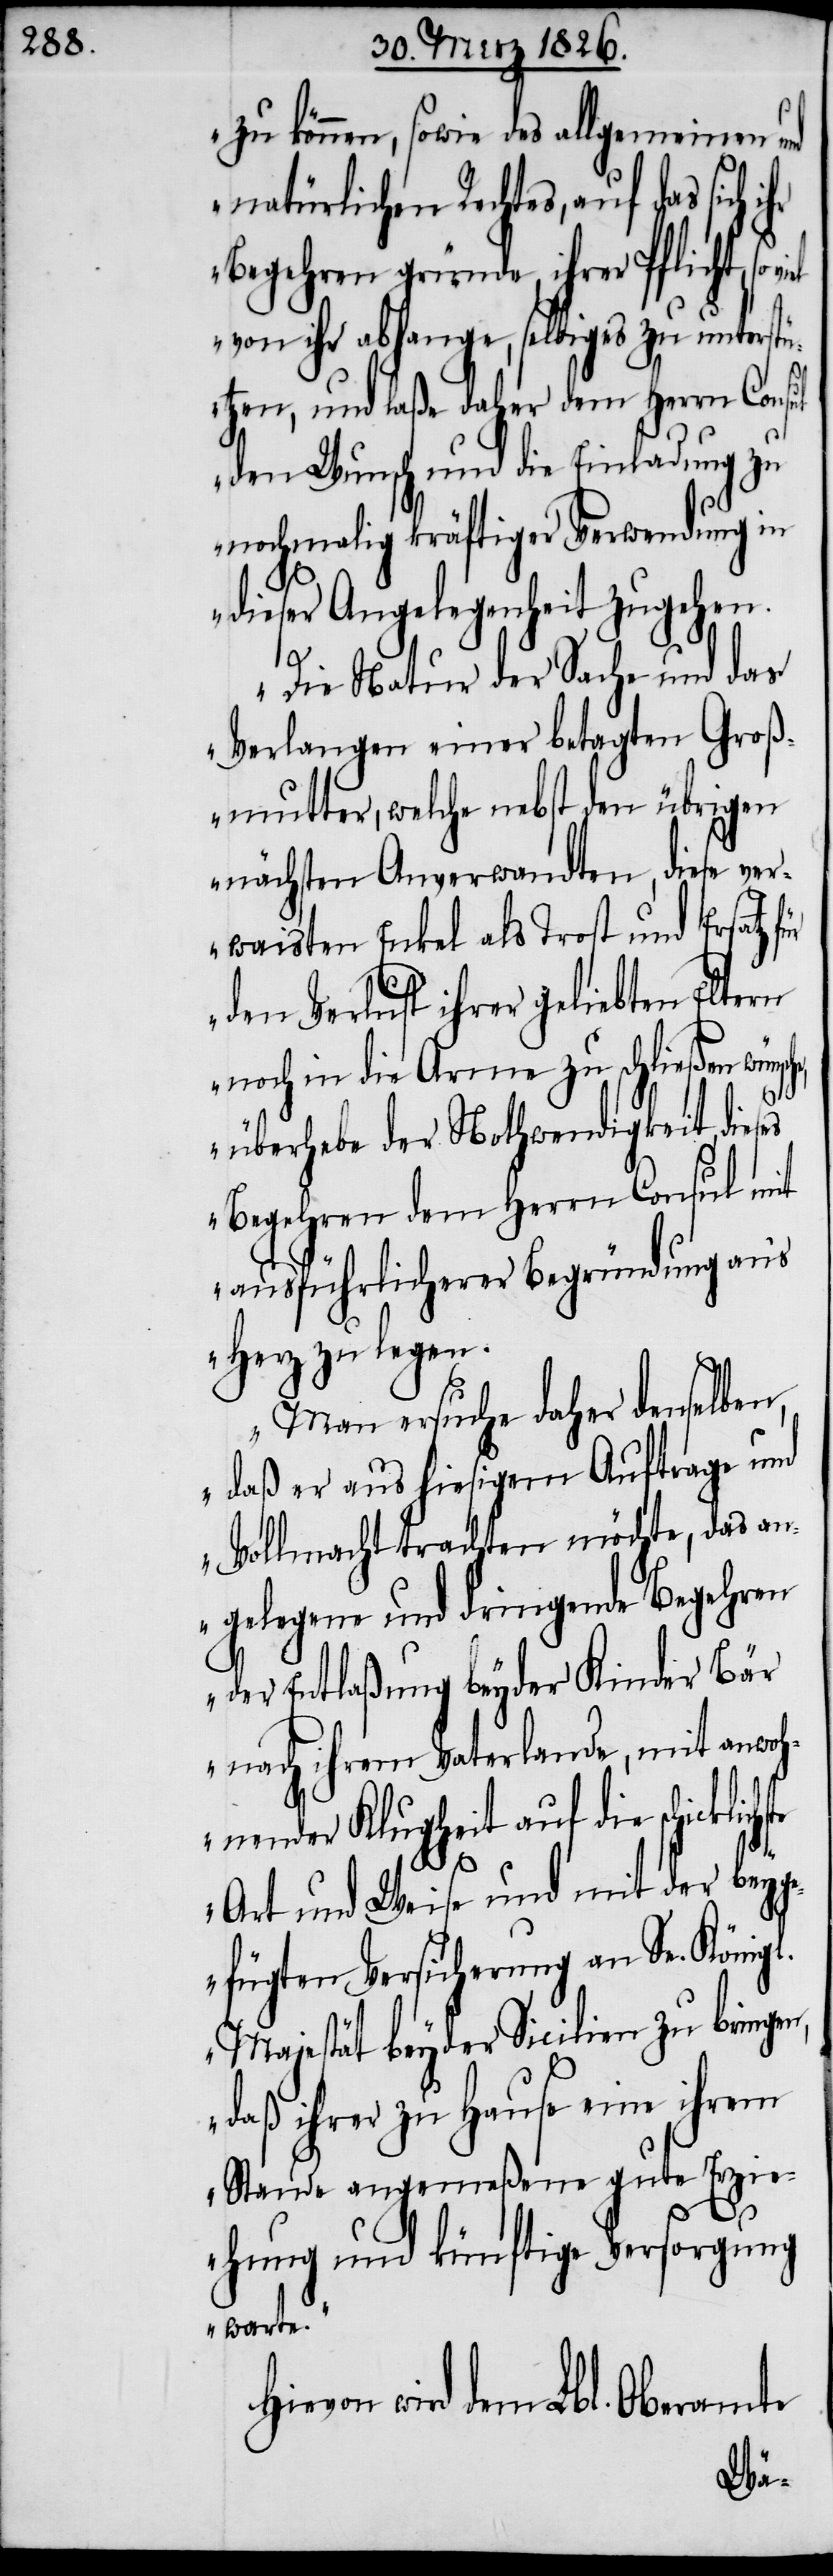
zu können, sowie des allgemeinen und
natürlichen Rechtes, auf das sich
Begehren gründe, ihrer Pflicht, so
von ihr abhange, selbiges zu unterstü¬
tzen, und laße daher dem Herrn Consul
den Wunsch und die Einladung zu
nochmalig kräftiger Verwendung in
dieser Angelegenheit zugehen.
Die Natur der Sache und das
Verlangen einer betagten Groß¬
mutter, welche nebst den übrigen
nächsten Anverwandten, diese ver¬
waisten Enkel als Trost und Ersatz für
den Verlust ihrer geliebten Eltern
noch in die Arme zu schließen wünsch¬
überhebe der Nothwendigkeit, dieses
Begehren dem Herrn Consul mit
ausführlicherer Begründung an’s
Herz zu legen.
Man ersuche daher denselben,
daß er aus hiesigem Auftrage und
Vollmacht trachten möchte, das an¬
gelegene und dringende Begehren
der Entlaßung beyder Kinder Bär
nach ihrem Vaterlande, mit anwoh¬
nender Klugheit auf die
Art und Weise und mit der beyg¬
efügten Versicherung an Se. Königl.
Majestät beyder Sicilien zu bringen,
daß ihrer zu Hause eine ihrem
Stande angemeßene gute Erzi¬
ehung und künftige Versorgung
warte.“
evon wird dem Lbl. Oberamte
Hi¬